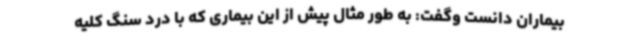
بیماران دانست وگفت: به طور مثال پیش از این بیماری که با درد سنگ کلیه